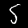
Label: 5